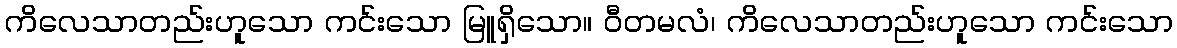
ကိလေသာတည်းဟူသော ကင်းသော မြူရှိသော။ ဝီတမလံ၊ ကိလေသာတည်းဟူသော ကင်းသော